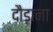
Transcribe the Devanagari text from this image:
दौड़ाना